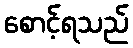
စောင့်ရသည်